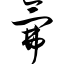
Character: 氟